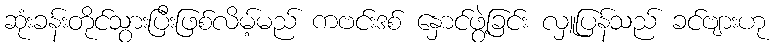
ဆုံးခန်းတိုင်သွားပြီးဖြစ်လိမ့်မည် ကဗင်းဒစ် နှောင်ဖွဲ့ခြင်း လှူပြန်သည် ခင်ဗျားဟု